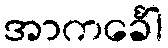
အာကင်္ခေါ